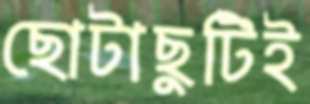
ছোটাছুটিই